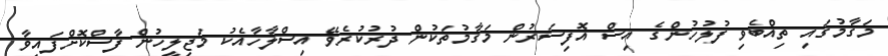
މަގާމުގައި ތިއްބެވި ފުލުހުންގެ އިސް އޮފިސަރުން މަގާމުތަކުން ދުރުކުރެވޭ އިސްލާހާއެކު މަޖިލީހުން ފާސްކޮށްފައިވާ